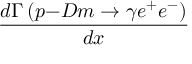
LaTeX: \frac { d \Gamma \left( p \mathrm { - } D m \rightarrow \gamma e ^ { + } e ^ { - } \right) } { d x }